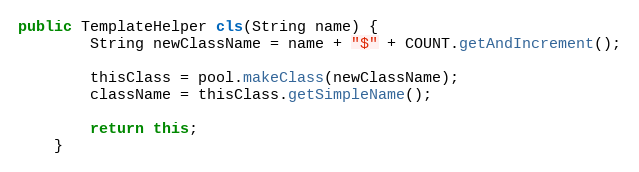
Language: Java
public TemplateHelper cls(String name) {
        String newClassName = name + "$" + COUNT.getAndIncrement();

        thisClass = pool.makeClass(newClassName);
        className = thisClass.getSimpleName();

        return this;
    }